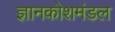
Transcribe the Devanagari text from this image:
ज्ञानकोशमंडल